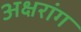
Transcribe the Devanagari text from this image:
अक्षरांग